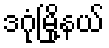
ဒဂုံမြို့နယ်